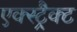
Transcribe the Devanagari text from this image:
एक्स्ट्रैक्ट